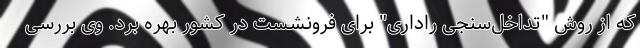
که از روش "تداخل‌سنجی راداری" برای فرونشست در کشور بهره برد. وی بررسی